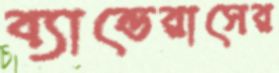
ব্যান্ডেরাসের